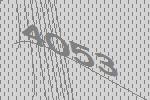
4053